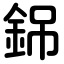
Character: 銱